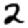
Digit: 2